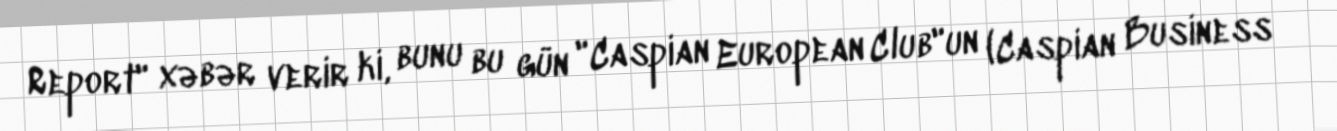
Report" xəbər verir ki, bunu bu gün "Caspian European Club"un (Caspian Business